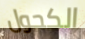
الكحول